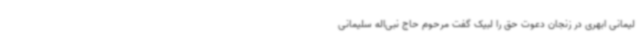
لیمانی ابهری در زنجان دعوت حق را لبیک گفت مرحوم حاج نبی‌اله سلیمانی